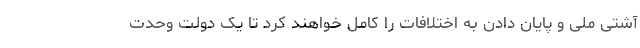
آشتی ملی و پایان دادن به اختلافات را کامل خواهند کرد تا یک دولت وحدت